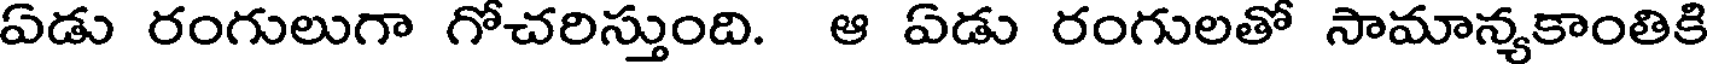
ఏడు రంగులుగా గోచరిస్తుంది. ఆ ఏడు రంగులతో సామాన్యకాంతికి